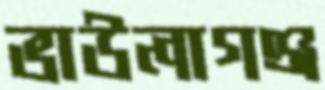
ভাউলাগঞ্জ